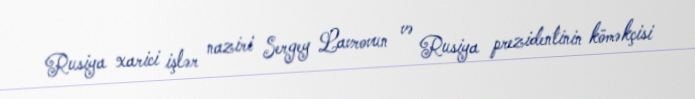
Rusiya xarici işlər naziri Sergey Lavrovun və Rusiya prezidentinin köməkçisi